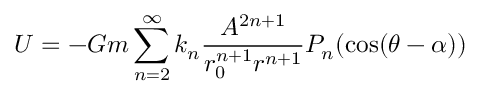
{ \cal { U } } = - G m \sum _ { n = 2 } ^ { \infty } k _ { n } { \frac { A ^ { 2 n + 1 } } { r _ { 0 } ^ { n + 1 } r ^ { n + 1 } } } P _ { n } ( \cos ( \theta - \alpha ) )